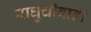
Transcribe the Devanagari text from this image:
राघुचीवाडी